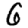
Digit: 6